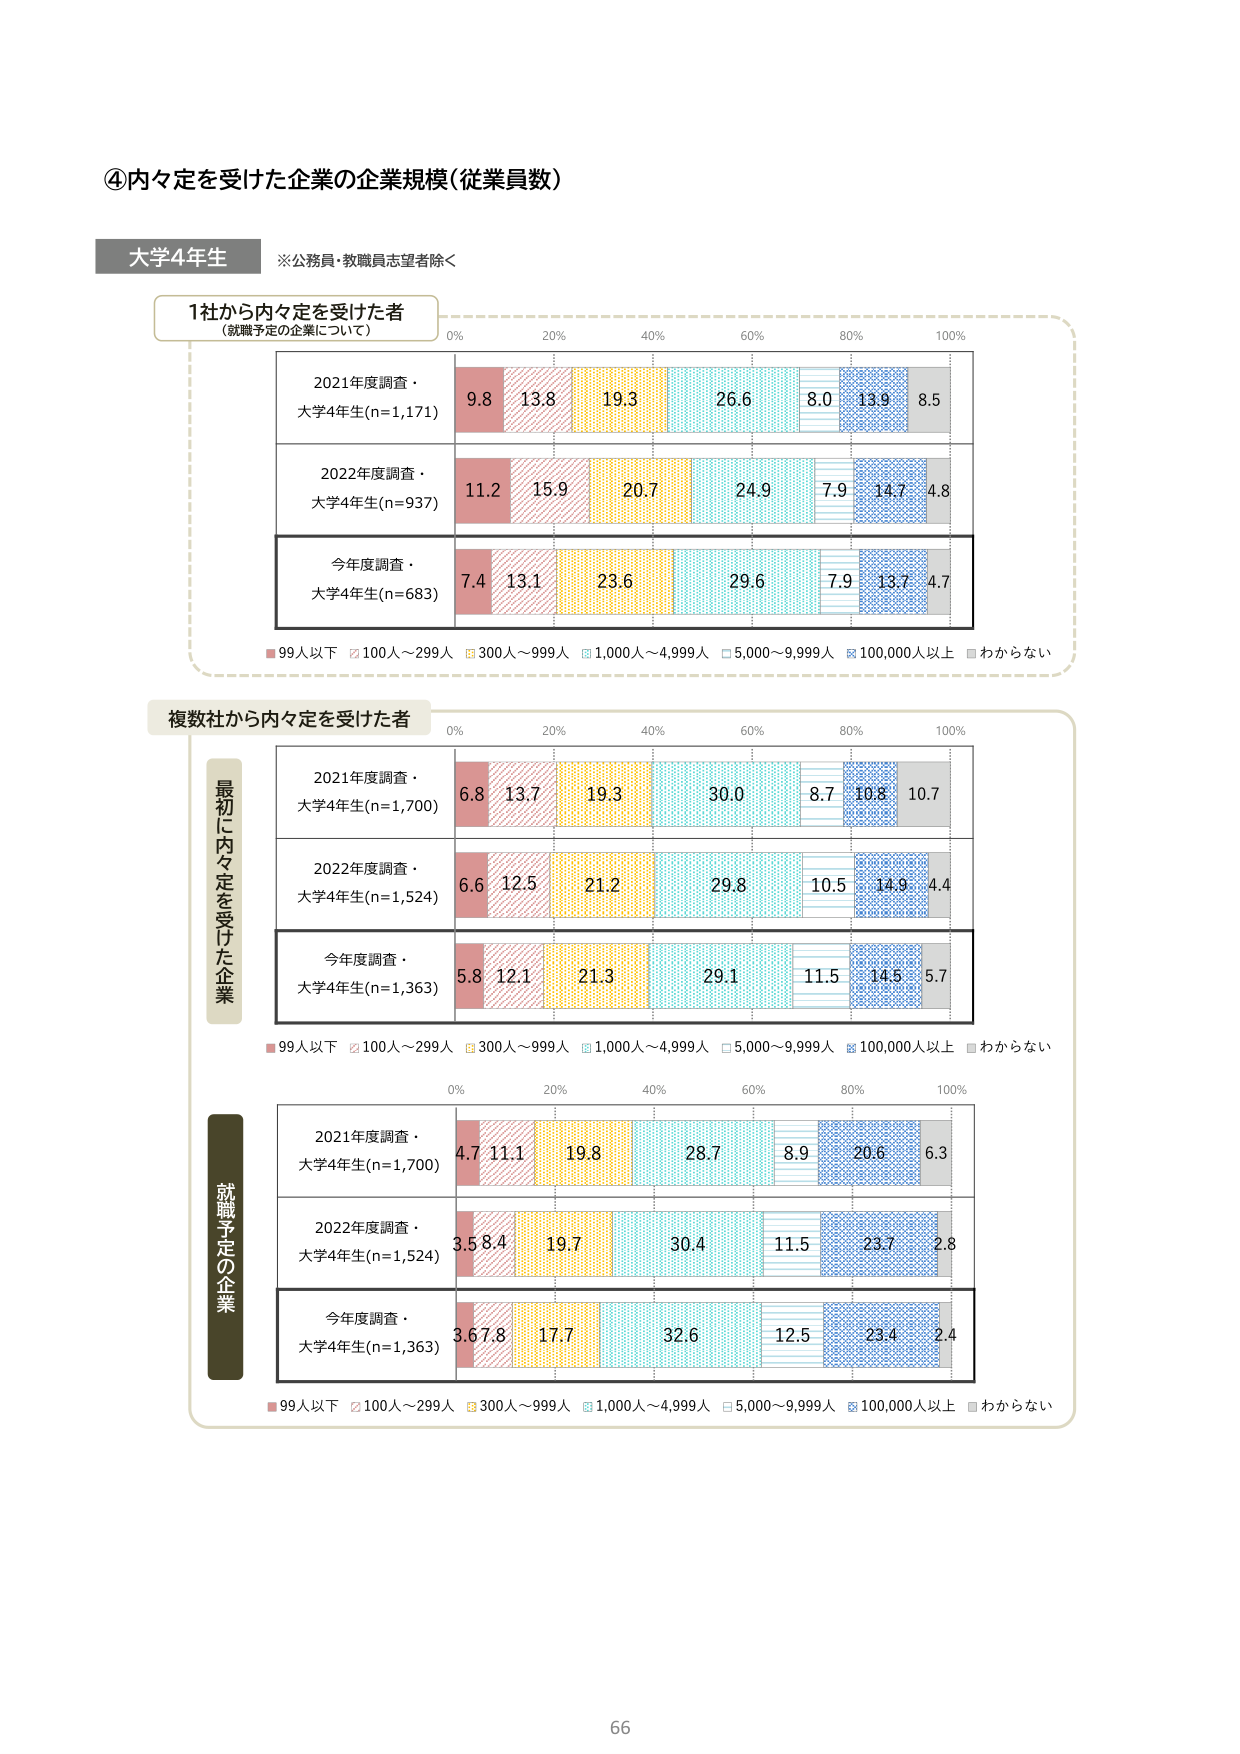
④内々定を受けた企業の企業規模（従業員数）

大学4年生
※公務員・教職員志望者除く

1社から内々定を受けた者
（就職予定の企業について）

2021年度調査・
大学4年生(n=1,171)
9.8 13.8 19.3 26.6 8.0 13.9 8.5

2022年度調査・
大学4年生(n=937)
11.2 15.9 20.7 24.9 7.9 14.7 4.8

今年度調査・
大学4年生(n=683)
7.4 13.1 23.6 29.6 7.9 13.7 4.7

■99人以下 □100人～299人 ■300人～999人 ■1,000人～4,999人 □5,000～9,999人 ■100,000人以上 ■わからない

複数社から内々定を受けた者

最初に内々定を受けた企業

2021年度調査・
大学4年生(n=1,700)
6.8 13.7 19.3 30.0 8.7 10.8 10.7

2022年度調査・
大学4年生(n=1,524)
6.6 12.5 21.2 29.8 10.5 14.9 4.4

今年度調査・
大学4年生(n=1,363)
5.8 12.1 21.3 29.1 11.5 14.5 5.7

■99人以下 □100人～299人 ■300人～999人 ■1,000人～4,999人 □5,000～9,999人 ■100,000人以上 ■わからない

就職予定の企業

2021年度調査・
大学4年生(n=1,700)
4.7 11.1 19.8 28.7 8.9 20.6 6.3

2022年度調査・
大学4年生(n=1,524)
3.5 8.4 19.7 30.4 11.5 23.7 2.8

今年度調査・
大学4年生(n=1,363)
3.6 7.8 17.7 32.6 12.5 23.4 2.4

■99人以下 □100人～299人 ■300人～999人 ■1,000人～4,999人 □5,000～9,999人 ■100,000人以上 ■わからない

66